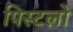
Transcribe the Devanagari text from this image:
पिस्टलों